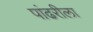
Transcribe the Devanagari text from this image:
पांढरीला